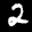
Label: 2